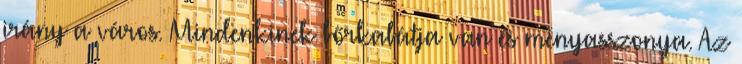
irány a város. Mindenkinek bőrkabátja van és menyasszonya. Az